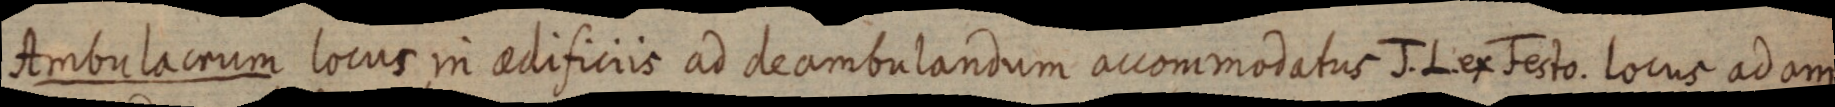
Ambulacrum locus in aedificiis ad deambulandum accommodatus J. L. ex Festo. locus ad am